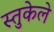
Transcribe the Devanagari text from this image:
स्तुकेले